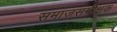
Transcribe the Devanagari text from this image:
समाजसमीक्षक